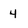
Character: 4